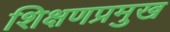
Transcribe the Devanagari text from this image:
शिक्षणप्रमुख